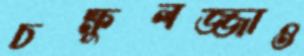
চক্ষুলজ্জাও